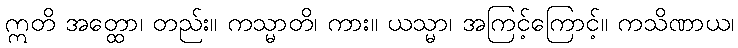
ဣတိ အတ္ထော၊ တည်း။ ကသ္မာတိ၊ ကား။ ယသ္မာ၊ အကြင့်ကြောင့်။ ကသိဏာယ၊